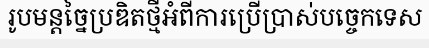
រូបមន្តច្នៃប្រឌិតថ្មីអំពីការប្រើប្រាស់បច្ចេកទេស